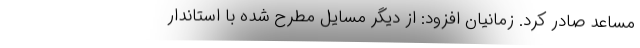
مساعد صادر کرد. زمانیان افزود: از دیگر مسایل مطرح شده با استاندار